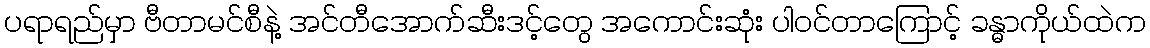
ပရာရည်မှာ ဗီတာမင်စီနဲ့ အင်တီအောက်ဆီးဒင့်တွေ အကောင်းဆုံး ပါဝင်တာကြောင့် ခန္ဓာကိုယ်ထဲက